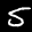
Label: 5